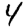
Digit: 4